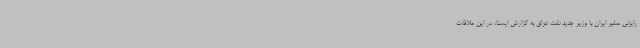
رایزنی سفیر ایران با وزیر جدید نفت عراق به گزارش ایسنا، در این ملاقات